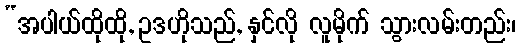
“အပါယ်ထိုထို, ဥဒဟိုသည်, နှင်လို လူမိုက် သွားလမ်းတည်း၊